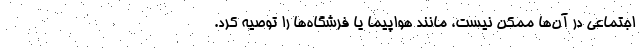
اجتماعی در آن‌ها ممکن نیست، مانند هواپیما یا فرشگاه‌ها را توصیه کرد.